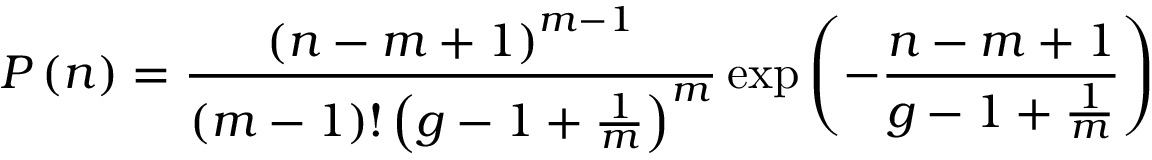
P \left( n \right) = { \frac { \left( n - m + 1 \right) ^ { m - 1 } } { \left( m - 1 \right) ! \left( g - 1 + { \frac { 1 } { m } } \right) ^ { m } } } \exp \left( - { \frac { n - m + 1 } { g - 1 + { \frac { 1 } { m } } } } \right)